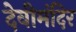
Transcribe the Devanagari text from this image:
देवीमंदिर